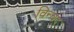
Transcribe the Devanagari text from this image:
विन्चद्